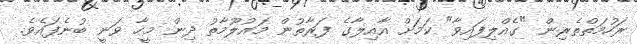
ރަހުމަތްތެރިން "ގެއްލިފައިވާ" ކަމަށް އާއިލާގެ ފަރާތުން މައުލޫމާތު ދިން މީހާ ވަނީ ބުނެފައެވެ.